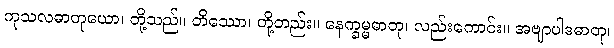
ကုသလဓာတုယော၊ တို့သည်။ တိဿော၊ တို့တည်း။ နေက္ခမ္မဓာတု၊ လည်းကောင်း။ အဗျာပါဒဓာတု၊